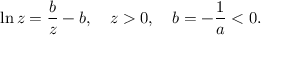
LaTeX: \ln z = \frac { b } { z } - b , \quad z > 0 , \quad b = - \frac { 1 } { a } < 0 .